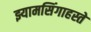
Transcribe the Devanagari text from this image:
झ्यामसिंगाहस्ते